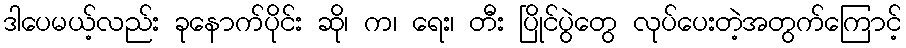
ဒါပေမယ့်လည်း ခုနောက်ပိုင်း ဆို၊ က၊ ရေး၊ တီး ပြိုင်ပွဲတွေ လုပ်ပေးတဲ့အတွက်ကြောင့်